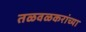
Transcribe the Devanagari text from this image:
तळवळकरांच्या